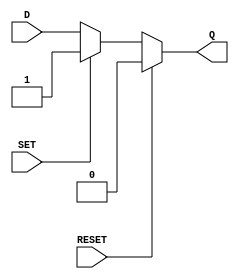
module async_register (
    input wire D,        // Data input
    input wire SET,      // Asynchronous set input
    input wire RESET,    // Asynchronous reset input
    output reg Q         // Output
);

    // Always block to handle asynchronous behavior
    always @(*) begin
        if (RESET) begin
            Q = 1'b0;    // Reset output to 0
        end else if (SET) begin
            Q = 1'b1;    // Set output to 1
        end else begin
            Q = D;        // Update output with data input D
        end
    end

endmodule